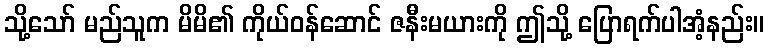
သို့သော် မည်သူက မိမိ၏ ကိုယ်ဝန်ဆောင် ဇနီးမယားကို ဤသို့ ပြောရက်ပါအံ့နည်း။